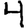
Digit: 4